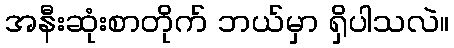
အနီးဆုံးစာတိုက် ဘယ်မှာ ရှိပါသလဲ။